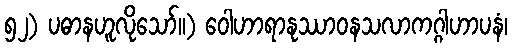
၅၂) ပဓာနဟူလိုသော်။) ဝေါဟာရာနုဿာဝနသလာကဂ္ဂါဟာပနံ၊